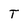
Character: T